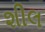
શીલ